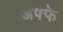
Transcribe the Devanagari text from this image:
अफ्फे